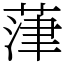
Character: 葏